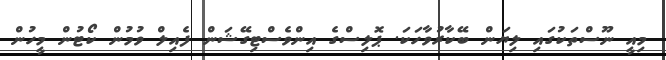
މިއީ ނޫސްތަކުގައި ލިޔަން ބޭކާރުވާހަކަ. ޕޮލިސްގެ އިންވެސްޓިގޭޝަން ފެއިލް ވުމުން ކޯޓުން މީހުން